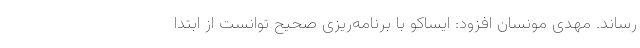
رساند. مهدی مونسان افزود: ایساکو با برنامه‌ریزی صحیح توانست از ابتدا